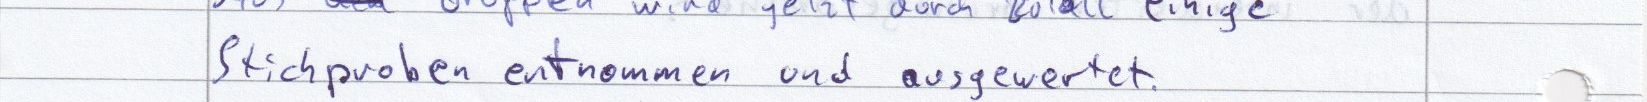
Stichproben entnommen und ausgewertet.